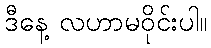
ဒီနေ့ လဟာမဝိုင်းပါ။